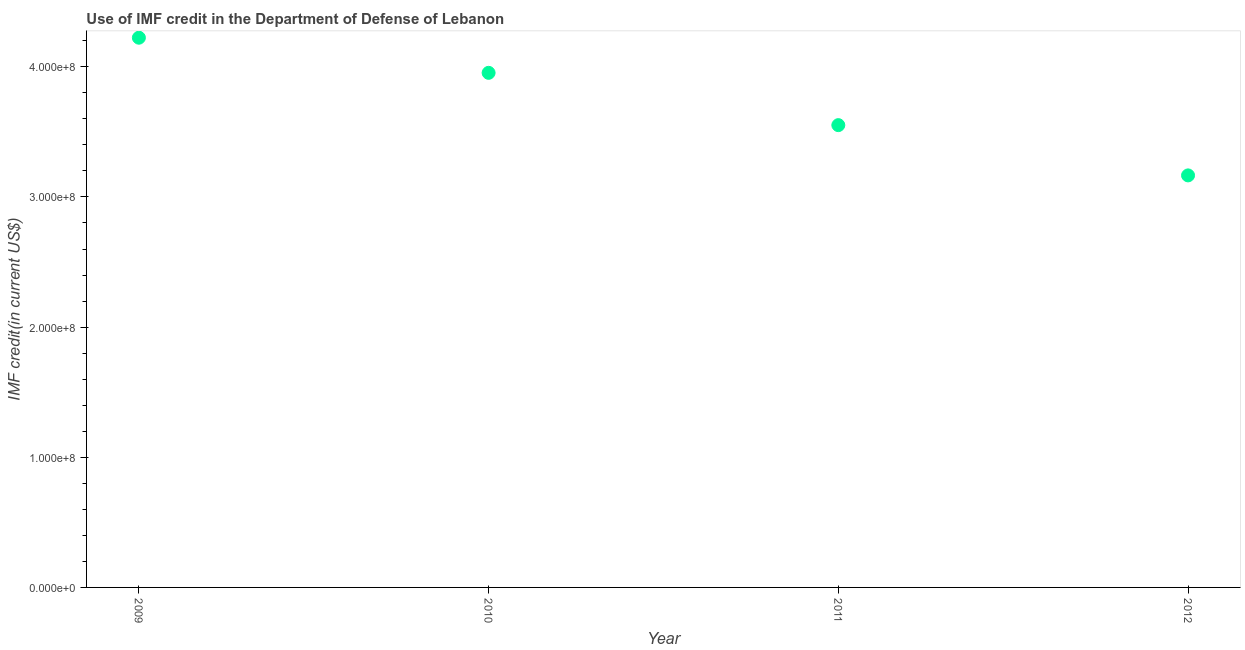
| Year | Use of IMF credit (DOD |
 | --- | --- |
 | 2009 | 4.22e+08 |
 | 2010 | 3.95e+08 |
 | 2011 | 3.55e+08 |
 | 2012 | 3.17e+08 |